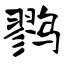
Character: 鹨